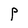
Character: P